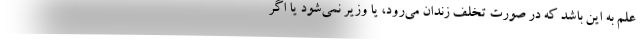
علم به این باشد که در صورت تخلف زندان می‌رود، یا وزیر نمی‌شود یا اگر